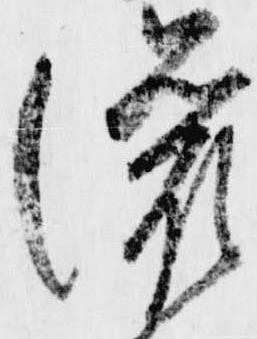
灌